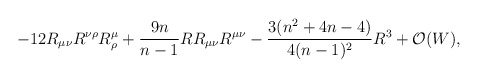
\begin{align*}-12R_{\mu \nu }R^{\nu \rho }R_{\rho }^{\mu }+{\frac{9n}{n-1}}RR_{\mu \nu}R^{\mu \nu }-{\frac{3(n^{2}+4n-4)}{4(n-1)^{2}}}R^{3}+{\cal O}(W),\end{align*}